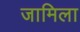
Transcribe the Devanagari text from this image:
जामिला